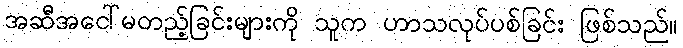
အဆီအငေါ်မတည့်ခြင်းများကို သူက ဟာသလုပ်ပစ်ခြင်း ဖြစ်သည်။